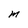
Character: m